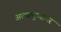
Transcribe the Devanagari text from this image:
अल्पायुष्यावर